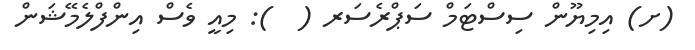
(ށ) އިމިޔޫން ސިސްޓަމް ސަޕްރެސަރ (  ): މިއީ ވެސް އިންފްލެމޭޝަން